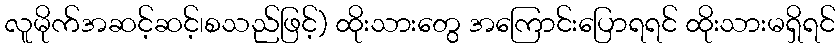
လူမိုက်အဆင့်ဆင့်၊စသည်ဖြင့်) ထိုးသားတွေ အကြောင်းပြောရရင် ထိုးသားမရှိရင်